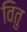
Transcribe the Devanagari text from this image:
वितु